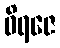
ဝိရဇေ